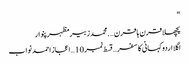
“
پچھلا قرن ہا قرن ….محمدزبیرمظہرپنوار
اگلا اردو کہانی کا سفر…قسط نمبر 10 … اعجاز احمد نواب